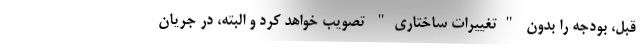
قبل، بودجه را بدون "تغییرات ساختاری" تصویب خواهد کرد و البته، در جریان